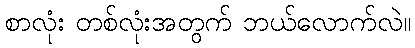
စာလုံး တစ်လုံးအတွက် ဘယ်လောက်လဲ။